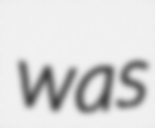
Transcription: was